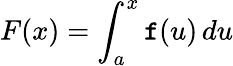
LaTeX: F(x)=\int_{a}^{x}\mathtt{f}(u)\, du